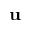
\textbf { u }